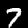
Label: 7